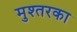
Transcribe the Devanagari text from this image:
मुश्तरका